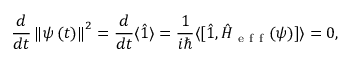
\frac { d } { d t } \left\Vert \psi \left( t \right) \right\Vert ^ { 2 } = \frac { d } { d t } \langle \hat { 1 } \rangle = \frac { 1 } { i \hbar } \langle \lbrack \hat { 1 } , \hat { H } _ { \mathrm { ~ e ~ f ~ f ~ } } ( \psi ) ] \rangle = 0 ,